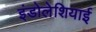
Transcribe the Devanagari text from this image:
इंडोलेशियाई